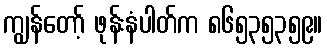
ကျွန်တော့် ဖုန်းနံပါတ်က ၈၆၅၃၅၃၅၉။